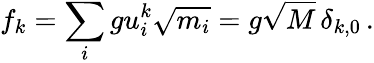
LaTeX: f_{k}=\sum_{i}gu_{i}^{k}\sqrt{m_{i}}=g\sqrt{M}\, \delta_{k,0}\, .